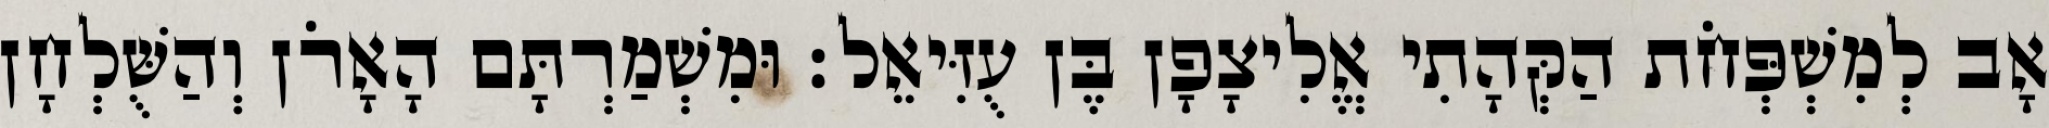
אָב לְמִשְׁפְּחֹת הַקְּהָתִי אֱלִיצָפָן בֶּן עֻזִּיאֵל׃ וּמִשְׁמַרְתָּם הָאָרֹן וְהַשֻּׁלְחָן